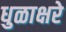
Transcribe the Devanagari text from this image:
धुळाक्षरे